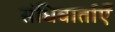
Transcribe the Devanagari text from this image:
संधिवार्ताएँ